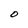
Character: O